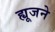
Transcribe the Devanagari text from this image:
ह्यूजने